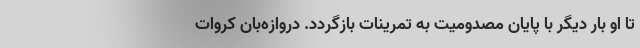
تا او بار دیگر با پایان مصدومیت به تمرینات بازگردد. دروازه‌بان کروات